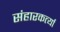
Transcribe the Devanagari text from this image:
संहारकर्त्या